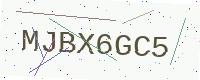
Text: MJBX6GC5